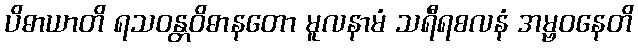
ပိဓာယာတိ ရသဝန္တဝိဓာနတော မူလနာမံ သရီရစလနံ အမ္ဗဝနေတိ